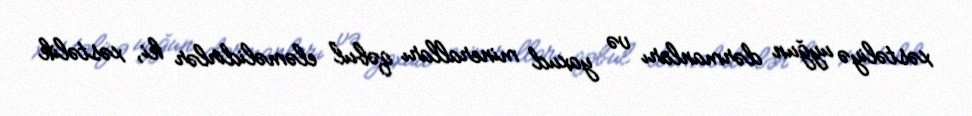
xəstəliyə uyğun dərmanları və yaxud mineralları qəbul eləməlidirlər ki, xəstəlik